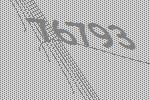
76793